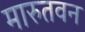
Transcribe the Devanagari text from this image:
मारुतवन